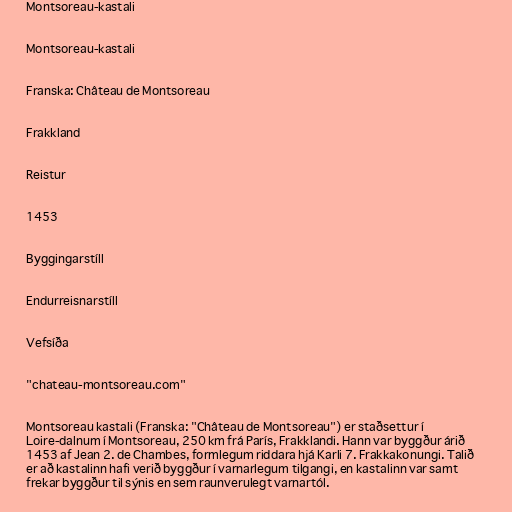
Montsoreau-kastali

Montsoreau-kastali

Franska: Château de Montsoreau

Frakkland

Reistur

1453

Byggingarstíll

Endurreisnarstíll

Vefsíða

"chateau-montsoreau.com"

Montsoreau kastali (Franska: "Château de Montsoreau") er staðsettur í
Loire-dalnum í Montsoreau, 250 km frá París, Frakklandi. Hann var byggður árið
1453 af Jean 2. de Chambes, formlegum riddara hjá Karli 7. Frakkakonungi. Talið
er að kastalinn hafi verið byggður í varnarlegum tilgangi, en kastalinn var samt
frekar byggður til sýnis en sem raunverulegt varnartól.